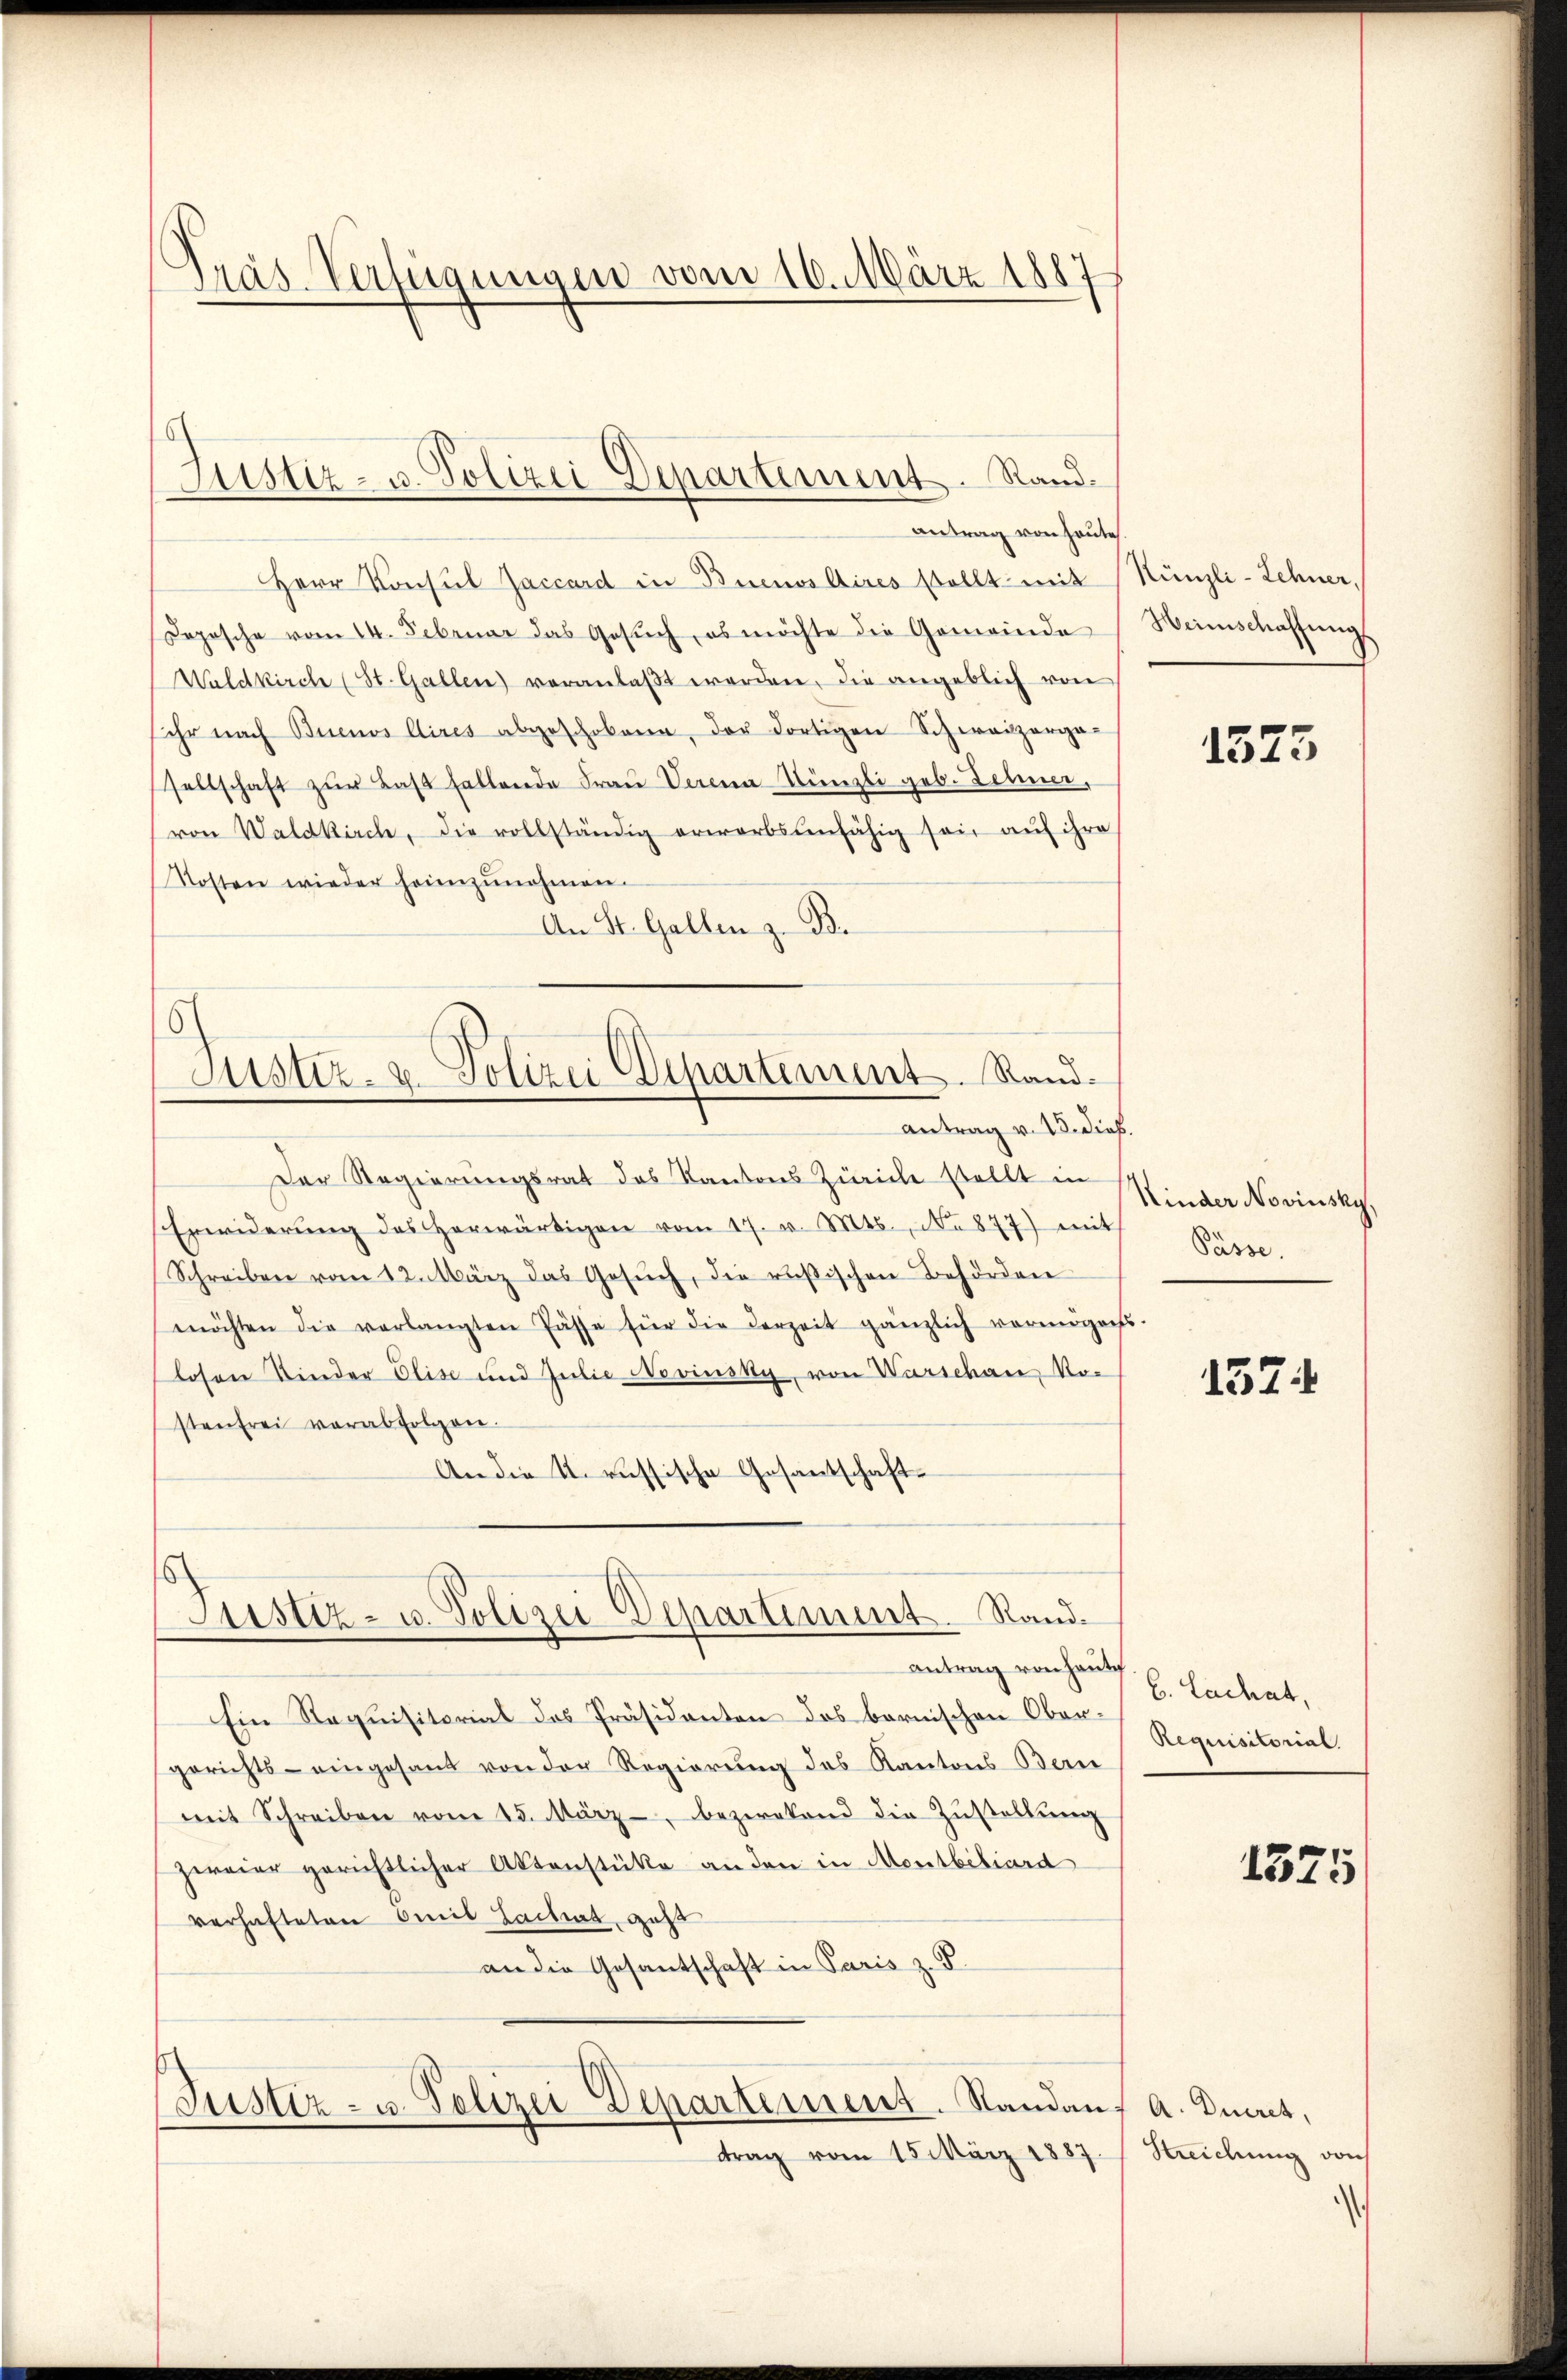
Präs. Verfügungen vom 16. März 1887

Justiz- u. Polizei Departement. Rand¬

6
Justiz- & Polizei Departement. Rand.
Antrag v. 15. dies

antrag von heute
Herr Konsul Jaccard in Buenos Aires stellt mit
Sopische vom 14. Februar das Gesŭch, es möchte die Gemeinde
Waldkirche (St. Gallen) veranlaβt werden, die angeblich von
ihr nach Buenos Aires abgeschobene, der dortigen Schweizerga-
sellschaft zŭr Last fallende Frau Verena Künzli geb. Lehner,
von Waldkirch, die vollständig erwarbsunfähig sei aŭf ihre
Kosten wieder heimzunahmen.
An St. Gallen z. B.
Der Regierungsrat des Kantons Zürich stellt in
Erwiderŭng des herwärtigen vom 17. v. Mts., N. 877) mit
Schreiben vom 12. März das Gesŭch, die resischen Behörden
möchten die verlangten Fässe für die derzeit gänzlich vermögens
losen Kinder Elise und Julie Novinsky, von Warschau, Ro-
sten frei verabfolgen.
An die u. russische Gesantschaft¬
Justiz- u. Polizei Departiment. Randantrag von heute
Ein Requisitorial des Präsidenten des bernischen Obergerichts - eingesand von der Regierung des Kantons Bern
mit Schreiben vom 15. März - bezwekend die Zŭstellŭng
zweier gerichtlicher Aktenstüke an den in Montbiliard
verhafteten Emil Zachat, geht
an die Gesantschaft in Paris z. S

Justiz- u. Polizei Departement. Standan

trag vom 15. März 1887.

.

Künzli-Lehner,
Heinschaffungs

1573

Kinder Novinsky.
Pässe.

157

C. Lachat,
Requisitorial.

1375

A. Duiret,
Streichung von